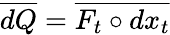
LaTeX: \overline{{dQ}}=\overline{{F_{t}\circ d{x}_{t}}}